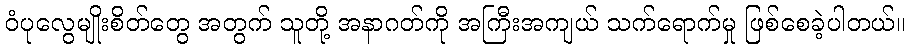
ဝံပုလွေမျိုးစိတ်တွေ အတွက် သူတို့ အနာဂတ်ကို အကြီးအကျယ် သက်ရောက်မှု ဖြစ်စေခဲ့ပါတယ်။